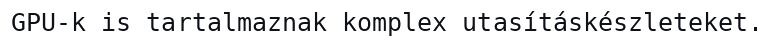
GPU-k is tartalmaznak komplex utasításkészleteket.